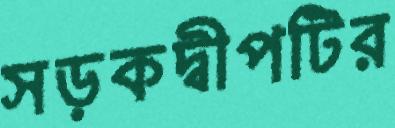
সড়কদ্বীপটির